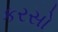
કરસો